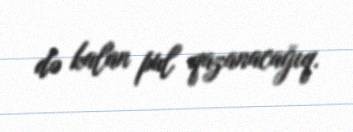
də kalan pul qazanacağıq.